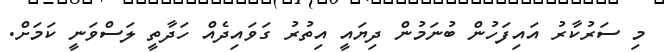
މި ސަރުކާރު އައިފަހުން ބުނަމުން ދިޔައީ އިތުރު ގަވައިދެއް ހަދާތީ ލަސްވަނީ ކަމަށް.